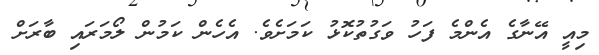
މިއީ އޭނާގެ އެންމެ ފަހު ވަގުތުކޮޅު ކަމަށެވެ. އެހެން ކަމުން ލޯމަރައި ބާރަށް